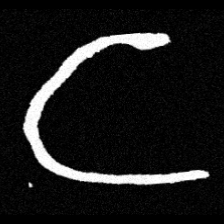
Pyu character \u2014 Myanmar letter: င (romanized: nga)